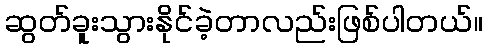
ဆွတ်ခူးသွားနိုင်ခဲ့တာလည်းဖြစ်ပါတယ်။